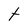
Character: t